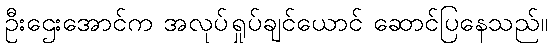
ဦးဌေးအောင်က အလုပ်ရှုပ်ချင်ယောင် ဆောင်ပြနေသည်။